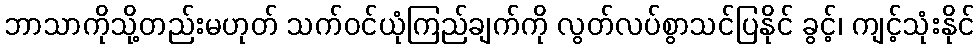
ဘာသာကိုသို့တည်းမဟုတ် သက်ဝင်ယုံကြည်ချက်ကို လွတ်လပ်စွာသင်ပြနိုင် ခွင့်၊ ကျင့်သုံးနိုင်